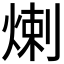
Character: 𤊶